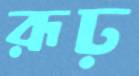
রূঢ়